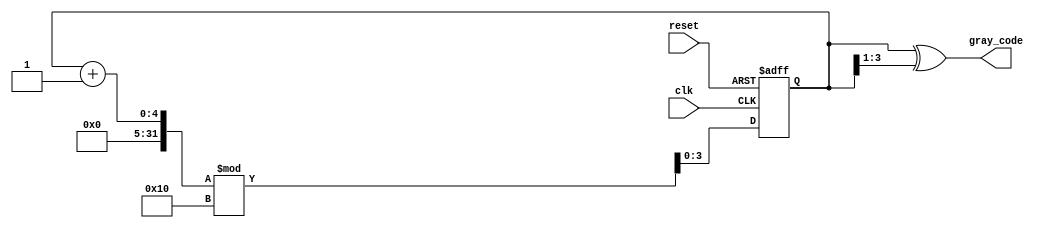
module gray_code_counter #(
    parameter N = 4 // Number of bits for the counter (default to 4)
) (
    input wire clk,         // Clock signal
    input wire reset,       // Synchronous reset signal
    output reg [N-1:0] gray_code // Gray code output
);

    // Internal register to hold the current binary count
    reg [N-1:0] binary_count;

    // Always block for synchronous reset and counting
    always @(posedge clk or posedge reset) begin
        if (reset) begin
            binary_count <= 0;  // Initialize the binary count to zero
        end else begin
            // Increment the binary count with wrap-around
            binary_count <= (binary_count + 1) % (1 << N);
        end
    end

    // Combinational logic to convert binary count to Gray code
    always @(*) begin
        gray_code = binary_count ^ (binary_count >> 1);
    end

endmodule